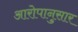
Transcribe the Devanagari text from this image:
आरोपानुसार